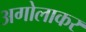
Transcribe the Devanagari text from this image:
अगोलाकर